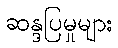
ဆန္ဒပြမှုများ